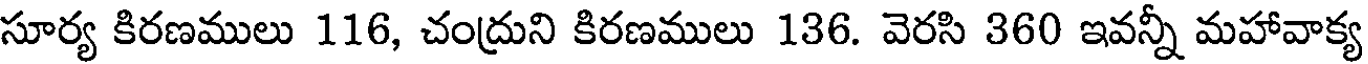
సూర్య కిరణములు 116, చంద్రుని కిరణములు 136. వెరసి 360 ఇవన్నీ మహావాక్య